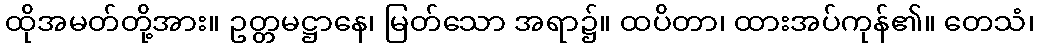
ထိုအမတ်တို့အား။ ဥတ္တမဋ္ဌာနေ၊ မြတ်သော အရာ၌။ ထပိတာ၊ ထားအပ်ကုန်၏။ တေသံ၊